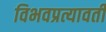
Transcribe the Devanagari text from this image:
विभवप्रत्यावर्ती